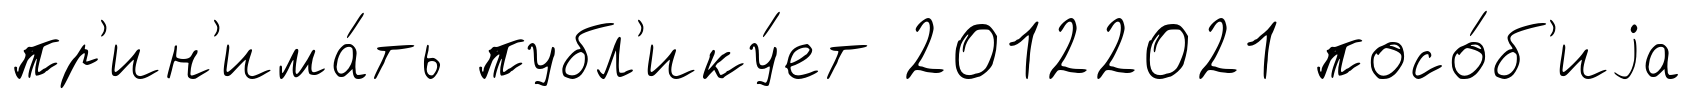
пр'ин'има́ть публ'ику́ет 20122021 посо́б'иjа